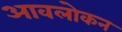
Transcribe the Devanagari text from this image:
आवलोकन